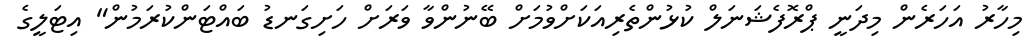
މިހާރު އަހަރެން މިދަނީ ޕްރޮފެޝަނަލް ކުޅުންތެރިއަކަށްވުމަށް ބޭނުންވާ ވަރަށް ހަށިގަނޑު ބައްޓަންކުރަމުން" އިޓަލީގެ